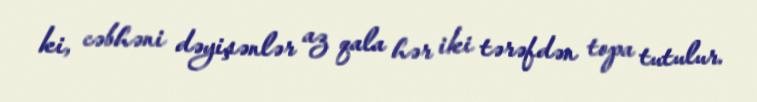
ki, cəbhəni dəyişənlər az qala hər iki tərəfdən topa tutulur.